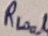
Text: RLoal